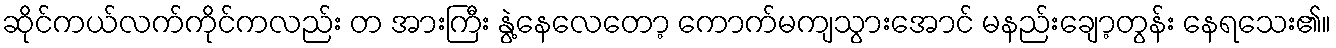
ဆိုင်ကယ်လက်ကိုင်ကလည်း တ အားကြီး နွဲ့နေလေတော့ ကောက်မကျသွားအောင် မနည်းချော့တွန်း နေရသေး၏။